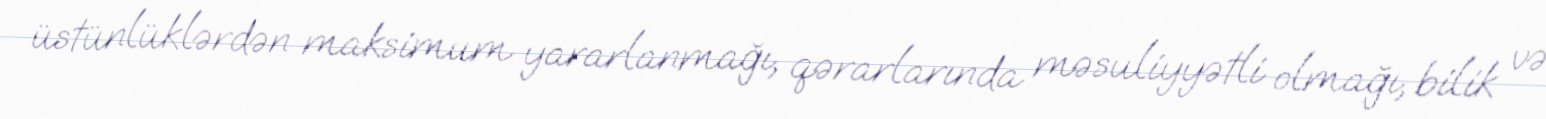
üstünlüklərdən maksimum yararlanmağı, qərarlarında məsuliyyətli olmağı, bilik və